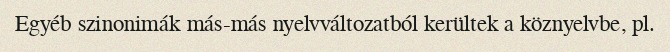
Egyéb szinonimák más-más nyelvváltozatból kerültek a köznyelvbe, pl.